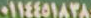
٠١١٤٤٥١٨٣٨